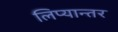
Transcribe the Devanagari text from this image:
लिप्यान्तर